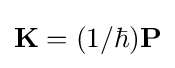
\mathbf {K} =(1/\hbar )\mathbf {P}